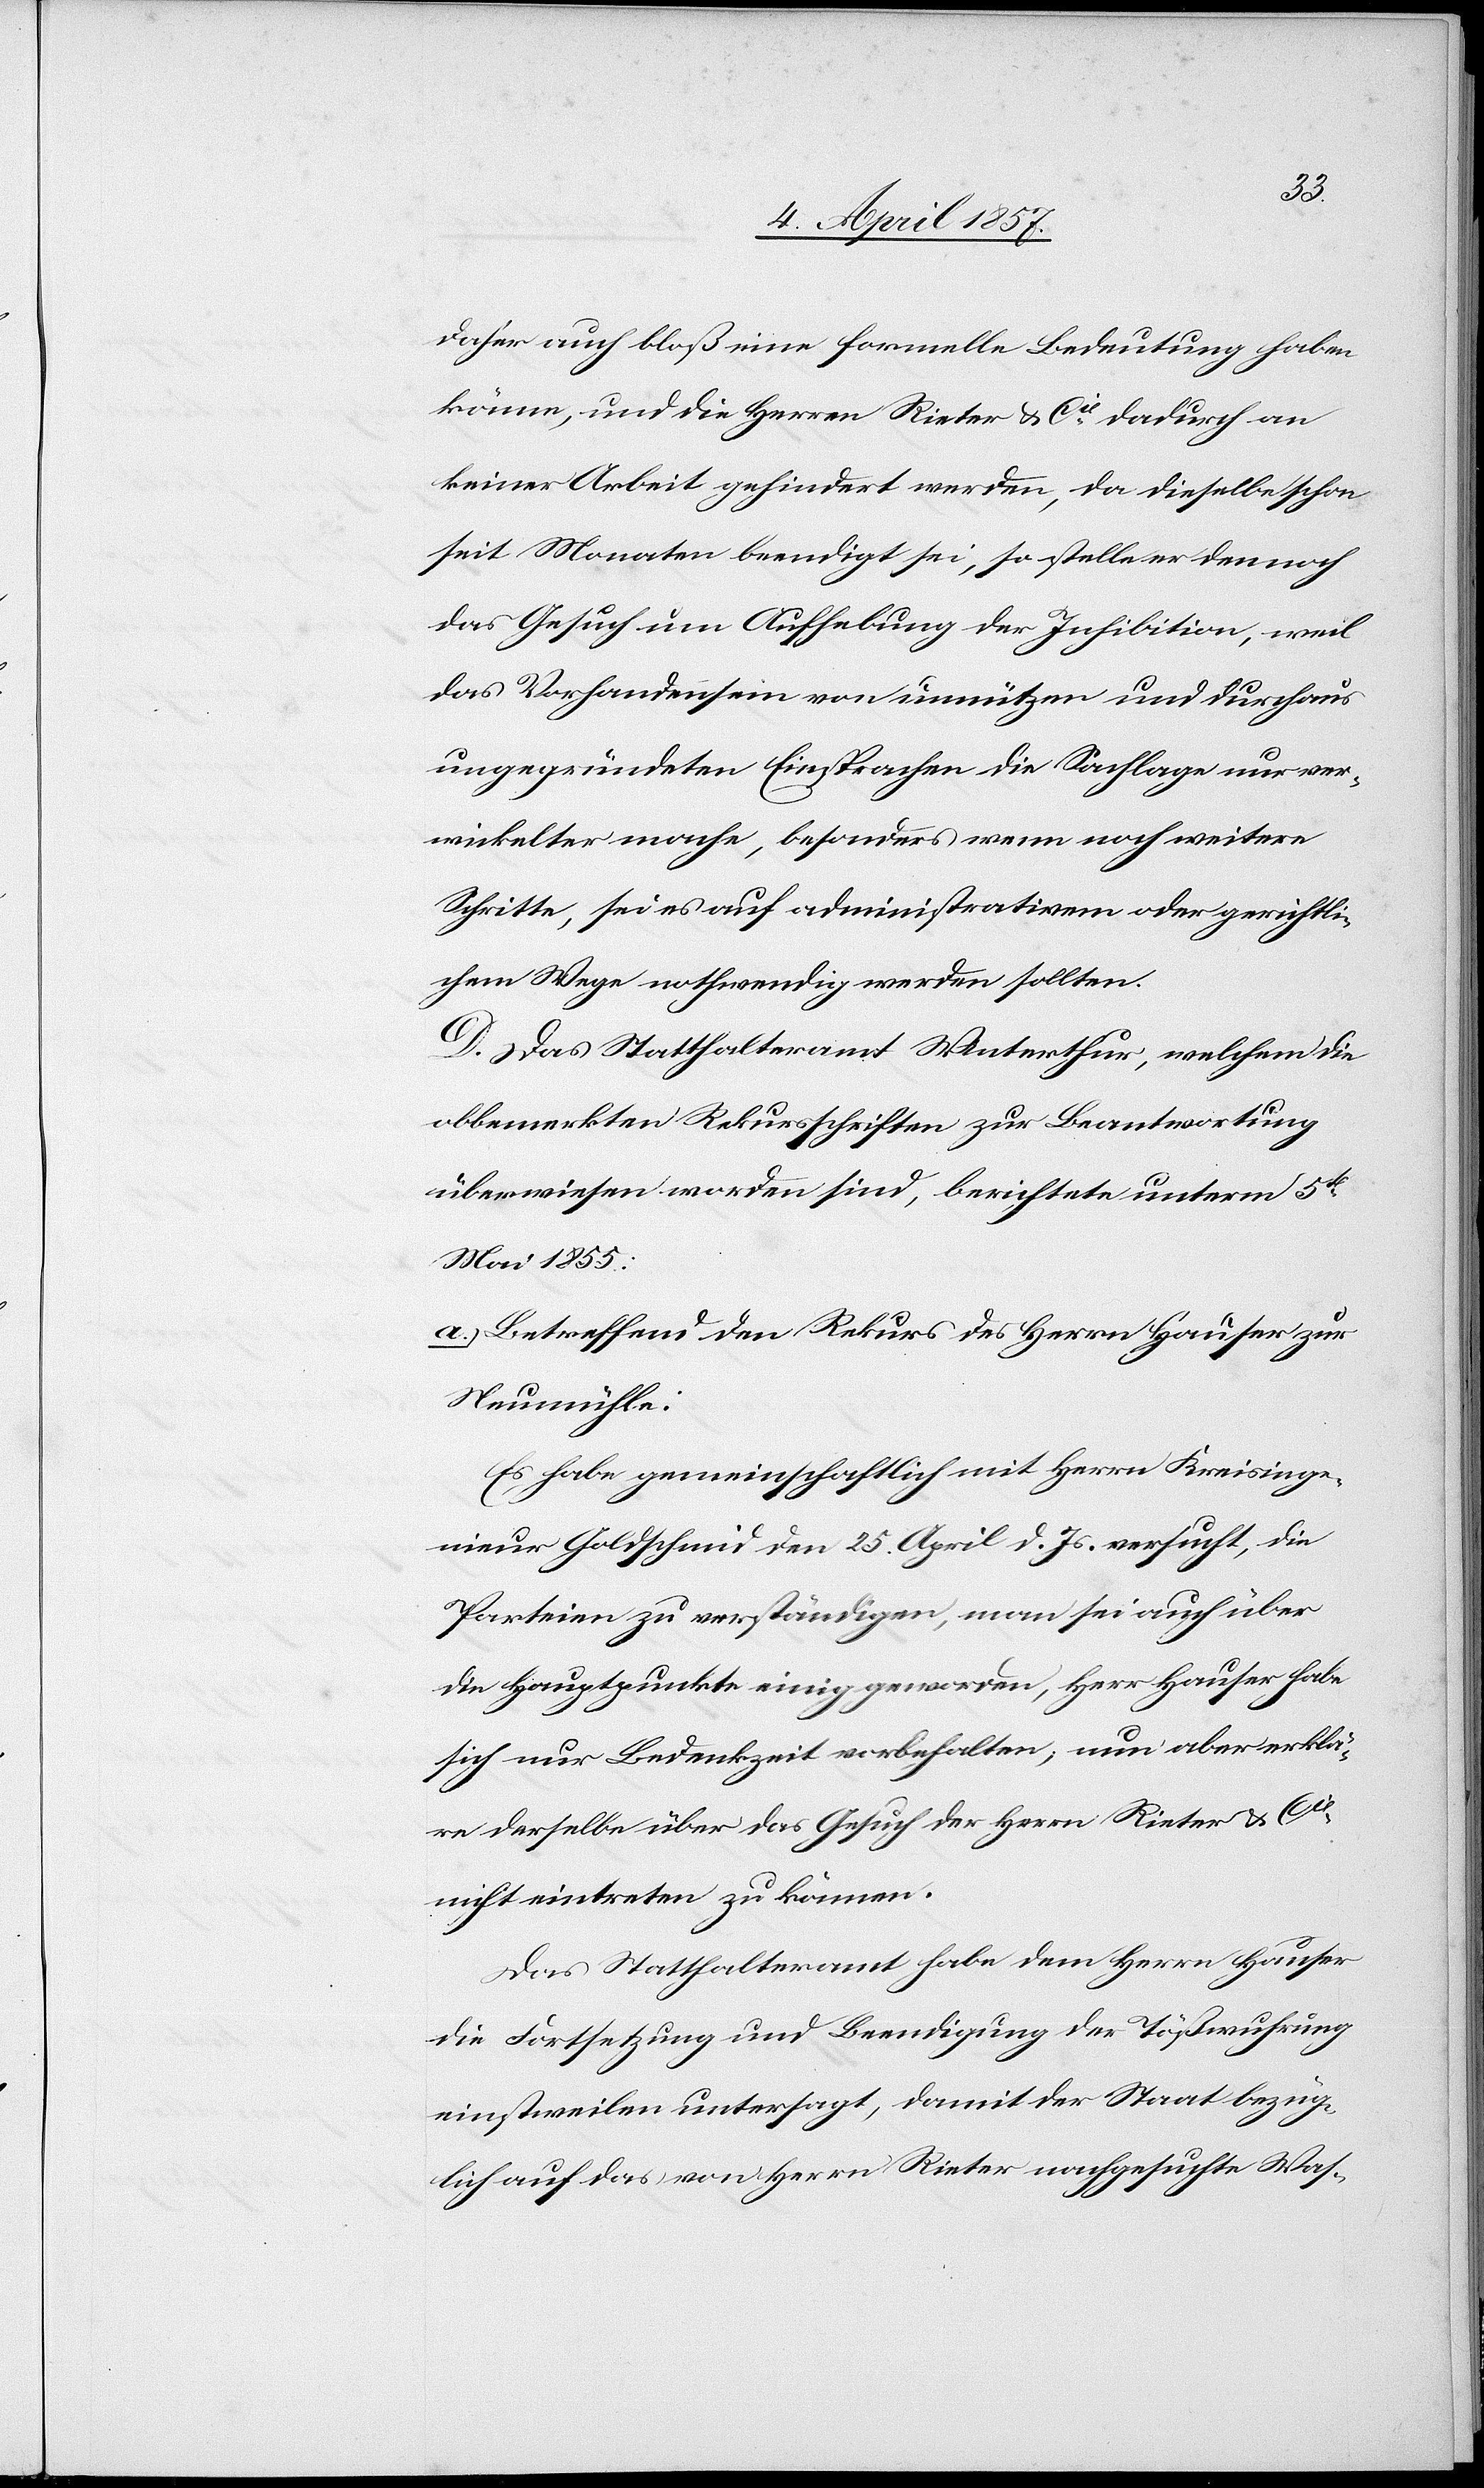
daher auch bloß eine formelle Bedeutung haben
könne, und die Herren Rieter & Cie dadurch an
keiner Arbeit gehindert werden, da dieselbe schon
seit Monaten beendigt sei, so stelle er dennoch
das Gesuch um Aufhebung der Inhibition, weil
das Vorhandensein von unnützen und durchaus
ungegründeten Einsprachen die Sachlage nur ver¬
wickelter mache, besonders wenn noch weitere
Schritte, sei es auf administrativem oder gerichtli¬
chem Wege nothwendig werden sollten.
D. Das Statthalteramt Winterthur, welchem die
obbemerkten Rekursschriften zur Beantwortung
überwiesen worden sind, berichtete unterm 5t
Mai 1855:
a.) Betreffend den Rekurs des Herrn Hauser zur
Neumühle:
Es habe gemeinschaftlich mit Herrn Kreisinge¬
nieur Goldschmid den 25. April d. Js. versucht, die
Parteien zu verständigen, man sei auch über
die Hauptpunkte einig geworden, Herr Hauser habe
sich nur Bedenkzeit vorbehalten; nun aber erklä¬
re derselbe über das Gesuch der Herrn Rieter & Cie
nicht eintreten zu können.
Das Statthalteramt habe dem Herrn Hauser
die Fortsetzung und Beendigung der Tößwuhrung
einstweilen untersagt, damit der Staat bezüg¬
lich auf das von Herrn Rieter nachgesuchte Was-